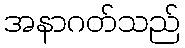
အနာဂတ်သည်